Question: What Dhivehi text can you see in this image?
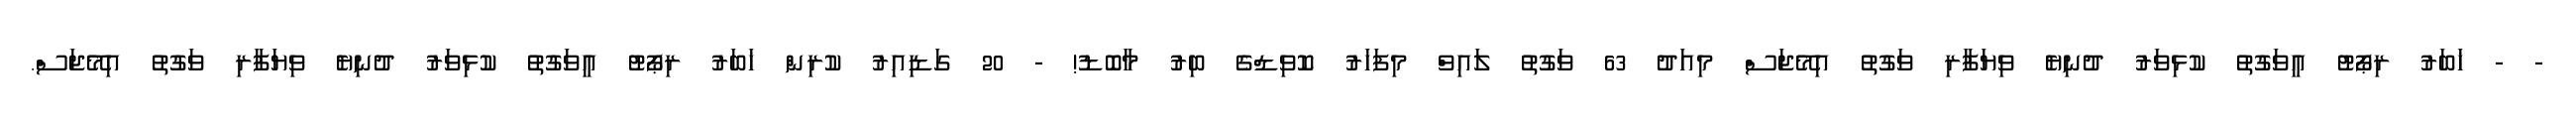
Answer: - - ޚަބަރު ރިޕޯޓު އީވަގުތު ކުޅިވަރު ދުނިޔެ ވިޔަފާރި ވަގުތު އިމޭޖަސް މިއަދު 63 ވަގުތު ލައިވް މިފަހަރު ކޮވިޑްގެ ބިރު މާބޮޑު! - 20 ގަޑިއިރު ކުރިން ޚަބަރު ރިޕޯޓު އީވަގުތު ކުޅިވަރު ދުނިޔެ ވިޔަފާރި ވަގުތު އިމޭޖަސް.